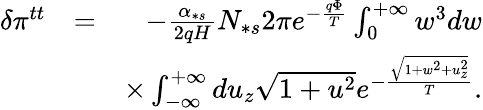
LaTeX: \begin{array}{rlr}{\delta\pi^{tt}}&{=}&{-\frac{\alpha_{\ast s}}{2qH}N_{\ast s}2\pi e^{-\frac{q\Phi}{T}}\int_{0}^{+\infty}w^{3}dw}\\ &{}&{\times\int_{-\infty}^{+\infty}du_{z}\sqrt{1+u^{2}}e^{-\frac{\sqrt{1+w^{2}+u_{z}^{2}}}{T}}.}\end{array}